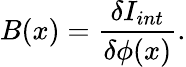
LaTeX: B(x)=\frac{\delta I_{int}}{\delta\phi(x)}.